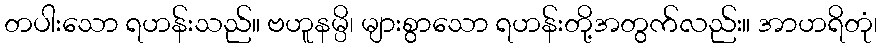
တပါးသော ရဟန်းသည်။ ဗဟူနမ္ပိ၊ များစွာသော ရဟန်းတို့အတွက်လည်း။ အာဟရိတုံ၊